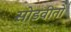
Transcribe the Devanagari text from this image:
सोडवीतो